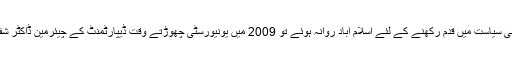
مراد سعید نے جب یونیورسٹی میں 4 سال گزارے اور عملی سیاست میں قدم رکھنے کے لئے اسلام آباد روانہ ہوئے تو 2009 میں یونیورسٹی چھوڑتے وقت ڈیپارٹمنٹ کے چیئرمین ڈاکٹر شفیق الرحمان نے کورس کی تکمیل کا سرٹیفیکٹ جاری کیا۔